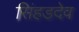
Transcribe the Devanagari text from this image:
सिंहडदेव